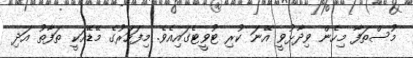
މުސްތަފާ މިހެން ވިދާޅުވީ އޭނަ ކުރި ޓުވީޓެގައިއެވެ. މިފަހަރުގެ މޭޑޭއަކީ ތަފާތު އަދި